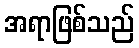
အရာဖြစ်သည်